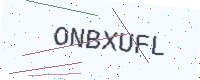
Text: ONBXUFL